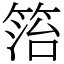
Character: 箈